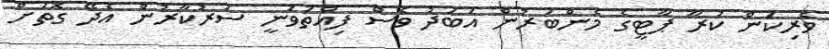
ވެރިކަން ކުރާ ޕާޓީގެ މެންބަރުން އަބަދު ވެސް ފިއްތަވަނީ ސަރުކާރުން އެދޭ ގޮތަށް